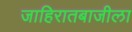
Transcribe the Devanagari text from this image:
जाहिरातबाजीला